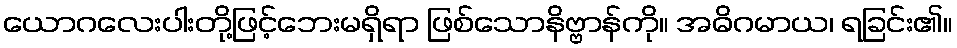
ယောဂလေးပါးတို့ဖြင့်ဘေးမရှိရာ ဖြစ်သောနိဗ္ဗာန်ကို။ အဓိဂမာယ၊ ရခြင်း၏။